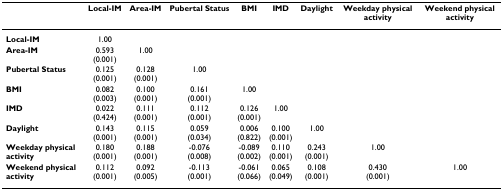
<table><thead><tr><td></td><td><b>Local-IM</b></td><td><b>Area-IM</b></td><td><b>Pubertal Status</b></td><td><b>BMI</b></td><td><b>IMD</b></td><td><b>Daylight</b></td><td><b>Weekday physical activity</b></td><td><b>Weekend physical activity</b></td></tr></thead><tbody><tr><td><b>Local-IM</b></td><td>1.00</td><td></td><td></td><td></td><td></td><td></td><td></td><td></td></tr><tr><td><b>Area-IM</b></td><td>0.593(0.001)</td><td>1.00</td><td></td><td></td><td></td><td></td><td></td><td></td></tr><tr><td><b>Pubertal Status</b></td><td>0.125(0.001)</td><td>0.128(0.001)</td><td>1.00</td><td></td><td></td><td></td><td></td><td></td></tr><tr><td><b>BMI</b></td><td>0.082(0.003)</td><td>0.100(0.001)</td><td>0.161(0.001)</td><td>1.00</td><td></td><td></td><td></td><td></td></tr><tr><td><b>IMD</b></td><td>0.022(0.424)</td><td>0.111(0.001)</td><td>0.112(0.001)</td><td>0.126(0.001)</td><td>1.00</td><td></td><td></td><td></td></tr><tr><td><b>Daylight</b></td><td>0.143(0.001)</td><td>0.115(0.001)</td><td>0.059(0.034)</td><td>0.006(0.822)</td><td>0.100(0.001)</td><td>1.00</td><td></td><td></td></tr><tr><td><b>Weekday physical activity</b></td><td>0.180(0.001)</td><td>0.188(0.001)</td><td>-0.076(0.008)</td><td>-0.089(0.002)</td><td>0.110(0.001)</td><td>0.243(0.001)</td><td>1.00</td><td></td></tr><tr><td><b>Weekend physical activity</b></td><td>0.112(0.001)</td><td>0.092(0.005)</td><td>-0.113(0.001)</td><td>-0.061(0.066)</td><td>0.065(0.049)</td><td>0.108(0.001)</td><td>0.430(0.001)</td><td>1.00</td></tr></tbody></table>